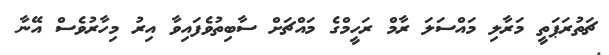
ޗަތުރަޕަތީ މަރާލި މައްސަލަ ރާމް ރަހީމްގެ މައްޗަށް ސާބިތުވެފައިވާ އިރު މިހާރުވެސް އޭނާ